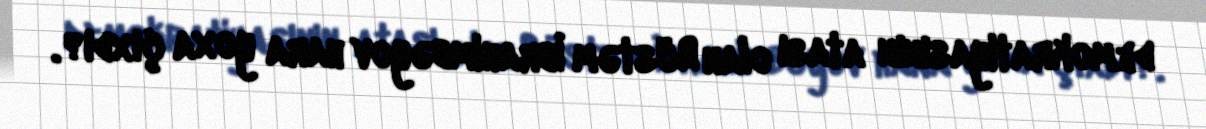
demokratiyasının atası olan Rüstəm İbrahimbəyov hara yoxa çıxdı?.